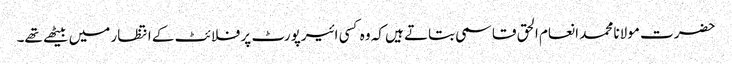
حضرت مولانا محمد انعام الحق قاسمی بتاتے ہیں کہ وہ کسی ائیرپورٹ پر فلائٹ کے انتظار میں بیٹھے تھے۔